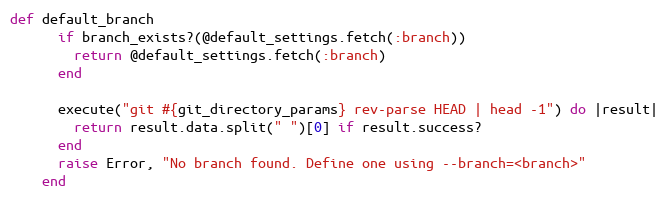
Language: Ruby
def default_branch
      if branch_exists?(@default_settings.fetch(:branch))
        return @default_settings.fetch(:branch)
      end

      execute("git #{git_directory_params} rev-parse HEAD | head -1") do |result|
        return result.data.split(" ")[0] if result.success?
      end
      raise Error, "No branch found. Define one using --branch=<branch>"
    end